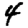
Digit: 4